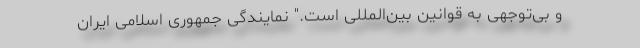
و بی‌توجهی به قوانین بین‌المللی است." نمایندگی جمهوری اسلامی ایران